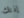
إذنك